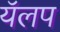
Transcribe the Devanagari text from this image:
यॅलप